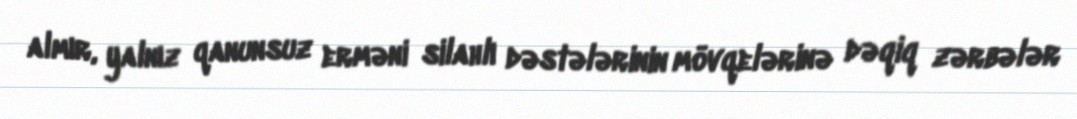
almır, yalnız qanunsuz erməni silahlı dəstələrinin mövqelərinə dəqiq zərbələr